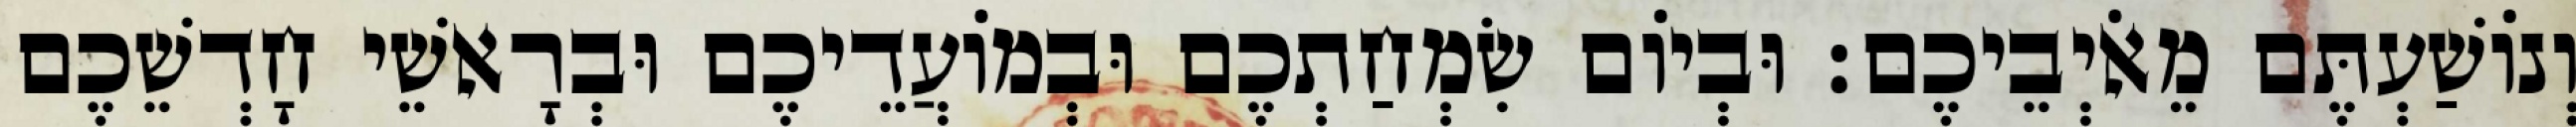
וְנוֹשַׁעְתֶּם מֵאֹיְבֵיכֶם׃ וּבְיוֹם שִׂמְחַתְכֶם וּבְמוֹעֲדֵיכֶם וּבְרָאשֵׁי חָדְשֵׁכֶם